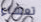
تعساء